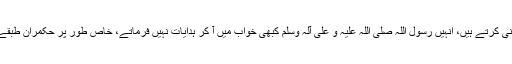
جو لوگ اللہ عزّ و جلّ اور رسول اللہ صلی اللہ علیہ وعلی آلہ وسلم کی نافرمانی کرتے ہیں، اُنہیں رسول اللہ صلی اللہ علیہ و علی آلہ وسلم کبھی خواب میں آ کر ہدایات نہیں فرماتے، خاص طور پر حکمران طبقے کے لوگوں کو کہ جِن کے سدھرنے سے بہت بڑی خیر واقع ہو سکتی ہے۔